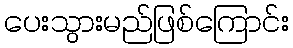
ပေးသွားမည်ဖြစ်ကြောင်း